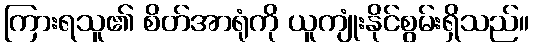
ကြားရသူ၏ စိတ်အာရုံကို ယူကျုံးနိုင်စွမ်းရှိသည်။